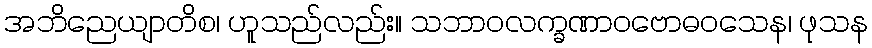
အဘိညေယျာတိစ၊ ဟူသည်လည်း။ သဘာဝလက္ခဏာဝဗောဓဝသေန၊ ဖုသန